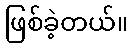
ဖြစ်ခဲ့တယ်။